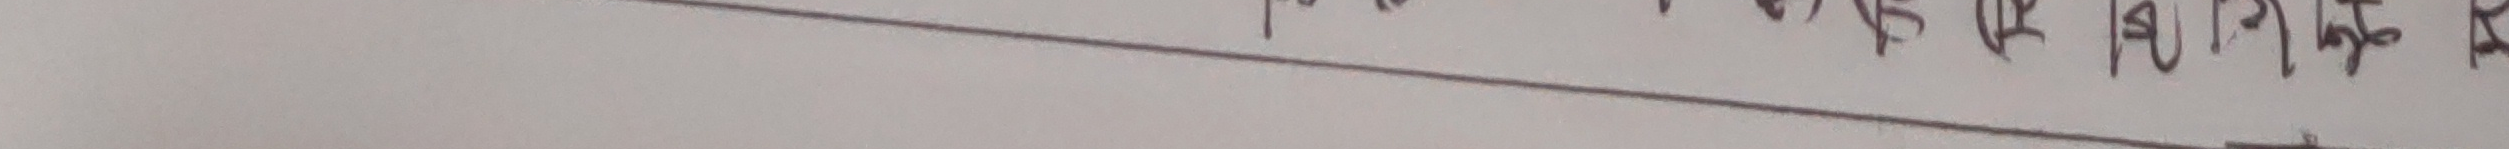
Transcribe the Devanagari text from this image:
कक कक के हो र